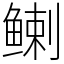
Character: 𬶟